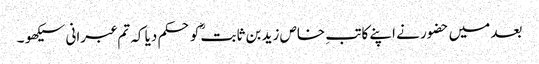
بعد میں حضور نے اپنے کاتبِ خاص زید بن ثابتؓ کو حکم دیا کہ تم عبرانی سیکھو ۔